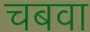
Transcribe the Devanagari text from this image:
चबवा